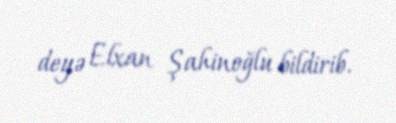
deyə Elxan Şahinoğlu bildirib.